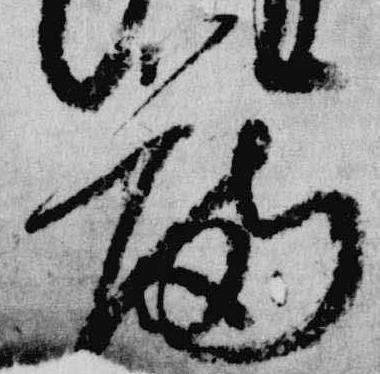
留